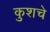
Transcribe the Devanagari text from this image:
कुशचे